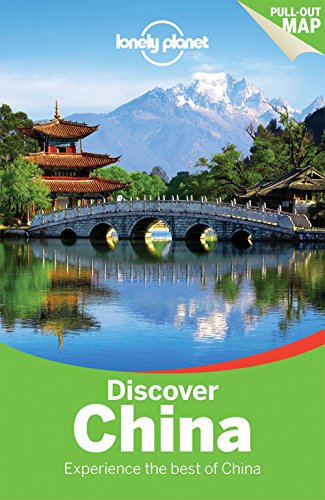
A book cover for Lonely Planet Discover China (Travel Guide); Lonely Planet; Travel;